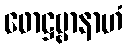
ဖောဋ္ဌဗ္ဗာနာဟံ